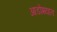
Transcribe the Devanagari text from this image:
आडोश्यात